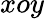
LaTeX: xoy